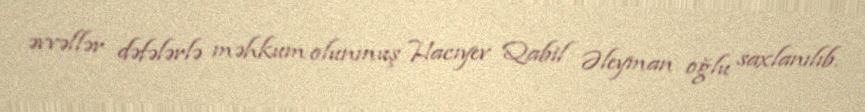
əvvəllər dəfələrlə məhkum olunmuş Hacıyev Qabil Əleyman oğlu saxlanılıb.